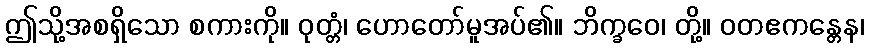
ဤသို့အစရှိသော စကားကို။ ဝုတ္တံ၊ ဟောတော်မူအပ်၏။ ဘိက္ခဝေ၊ တို့။ ဝတဧကန္တေန၊